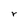
Character: r